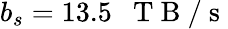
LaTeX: b_{s}=13.5\mathrm{~~~T~B~/~s~}